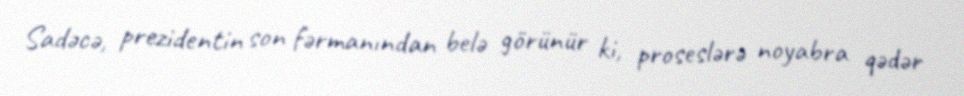
Sadəcə, prezidentin son fərmanından belə görünür ki, proseslərə noyabra qədər